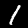
Label: 1